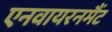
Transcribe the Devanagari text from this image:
एनवायरनमैंट